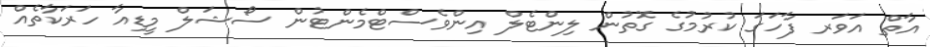
އާތް އަވަރ ފާހަގަ ކުރުމުގެ ގޮތުން ލިންޓެލް އިންވެސްޓްމެންޓުން ސޯޝަލް މީޑިއާ ހަރަކާތެއް